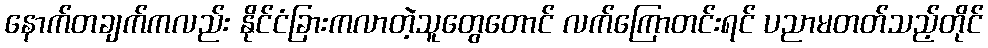
နောက်တချက်ကလည်း နိုင်ငံခြားကလာတဲ့သူတွေတောင် လက်ကြောတင်းရင် ပညာမတတ်သည့်တိုင်